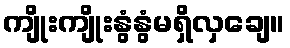
ကျိုးကျိုးနွံနွံမရှိလှချေ။